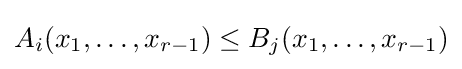
A_{i}(x_{1},\dots ,x_{r-1})\leq B_{j}(x_{1},\dots ,x_{r-1})